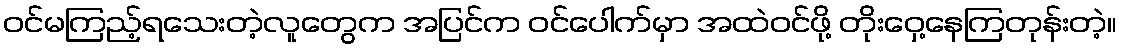
ဝင်မကြည့်ရသေးတဲ့လူတွေက အပြင်က ဝင်ပေါက်မှာ အထဲဝင်ဖို့ တိုးဝှေ့နေကြတုန်းတဲ့။